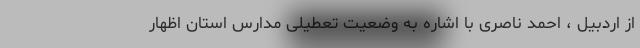
از اردبیل ، احمد ناصری با اشاره به وضعیت تعطیلی مدارس استان اظهار